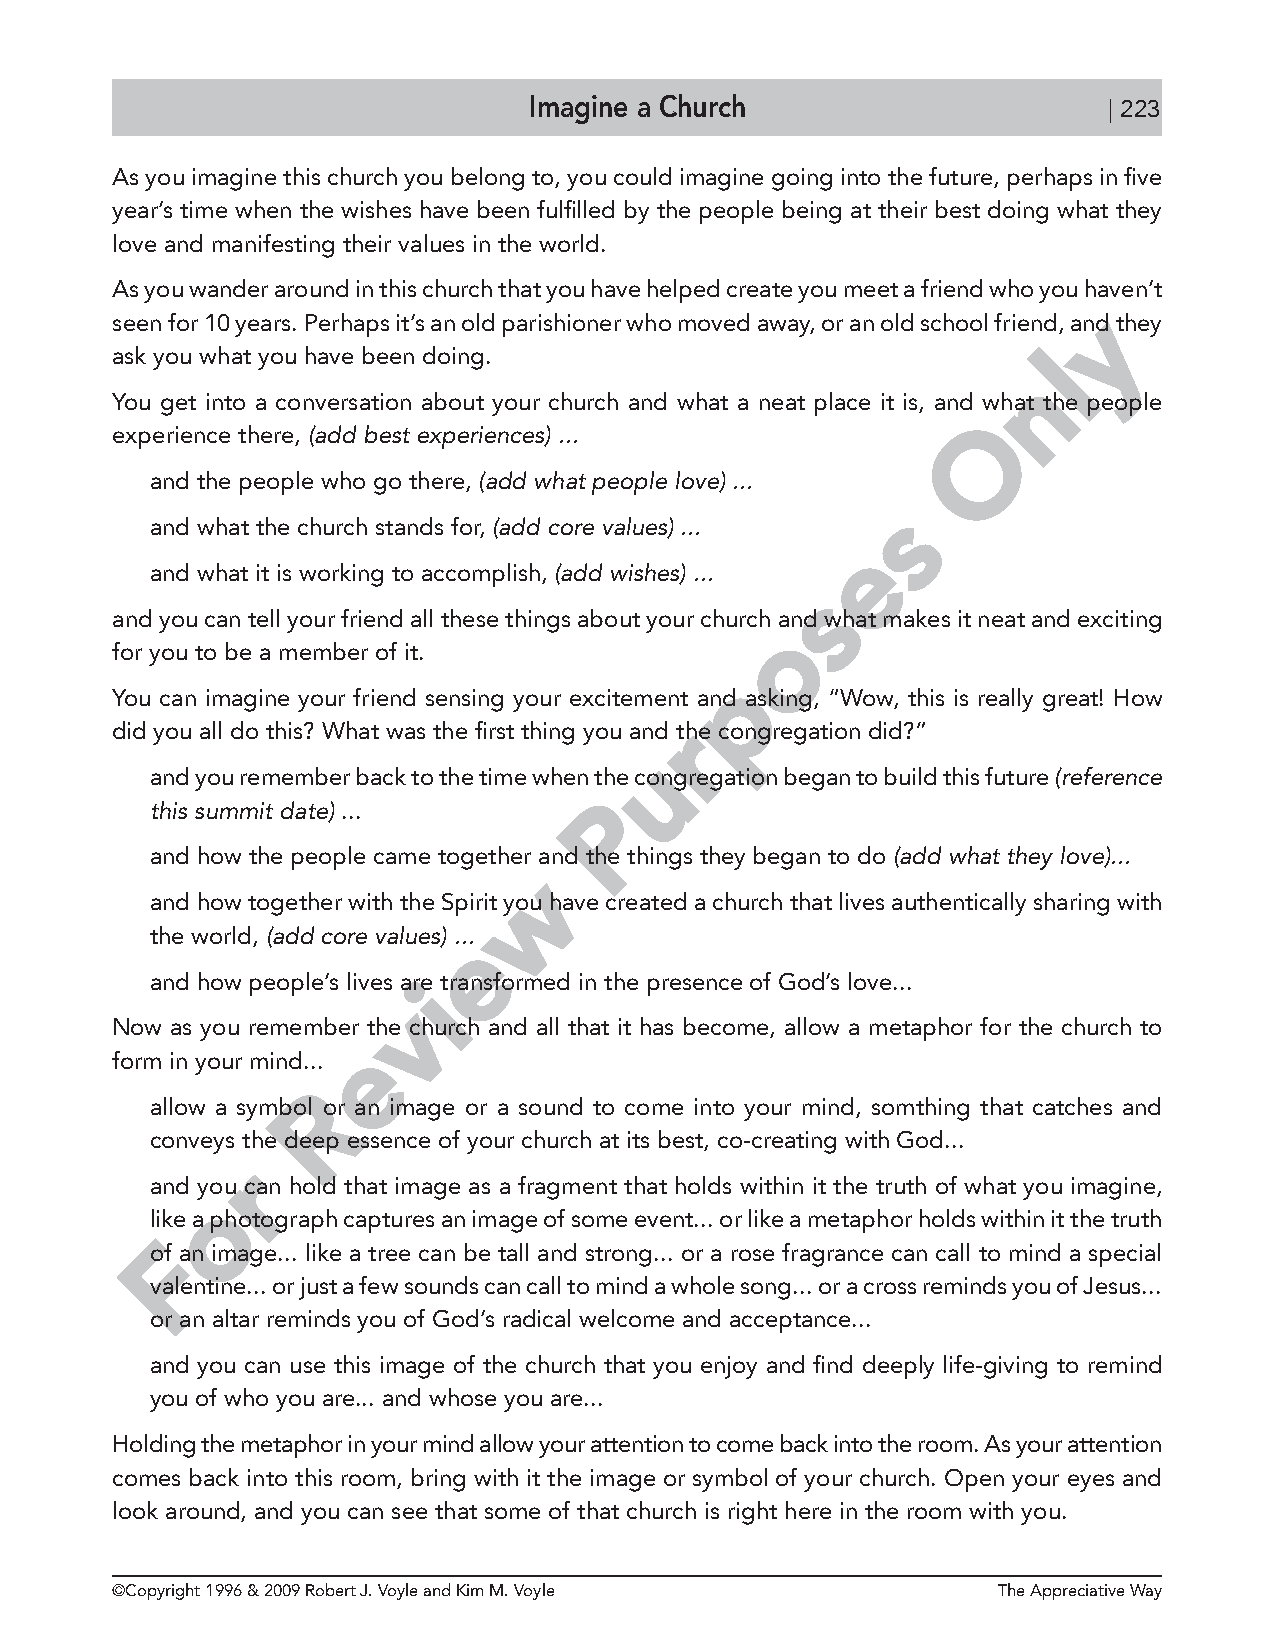
Imagine a Church                      | 223
 As you imagine this church you belong to, you could imagine going into the future, perhaps in five
 year’s time when the wishes have been fulfilled by the people being at their best doing what they
 love and manifesting their values in the world.
 As you wander around in this church that you have helped create you meet a friend who you haven’t
 y
 seen for 10 years. Perhaps it’s an old parishioner who moved away, or an old school friend, and they
 ask you what you have been doing.                             l
 n
 You get into a conversation about your church and what a neat place it is, and what the people
 O
 experience there, (add best experiences) ...
 and the people who go there, (add what people love) ...
 s
 and what the church stands for, (add core values) ...
 e
 and what it is working to accomplish, (add wishes) ...
 s
 and you can tell your friend all these things about your church and what makes it neat and exciting
 o
 for you to be a member of it.
 p
 You can imagine your friend sensing your excitement and asking, “Wow, this is really great! How
 did you all do this? What was the first thing you and rthe congregation did?”
 u
 and you remember back to the time when the congregation began to build this future (reference
 P
 this summit date) ...
 and how the people came together a nd the things they began to do (add what they love)...
 w
 and how together with the Spirit you have created a church that lives authentically sharing with
 the world, (add core values) ..e.
 and how people’s lives arie transformed in the presence of God’s love...
 v
 Now as you remember the church and all that it has become, allow a metaphor for the church to
 e
 form in your mind...
 R
 allow a symbol or an image or a sound to come into your mind, somthing that catches and
 conveys th e deep essence of your church at its best, co-creating with God...
 r
 and you can hold that image as a fragment that holds within it the truth of what you imagine,
 o
 like a photograph captures an image of some event... or like a metaphor holds within it the truth
 F
 of an image... like a tree can be tall and strong... or a rose fragrance can call to mind a special
 valentine... or just a few sounds can call to mind a whole song... or a cross reminds you of Jesus...
 or an altar reminds you of God’s radical welcome and acceptance...
 and you can use this image of the church that you enjoy and find deeply life-giving to remind
 you of who you are... and whose you are...
 Holding the metaphor in your mind allow your attention to come back into the room. As your attention
 comes back into this room, bring with it the image or symbol of your church. Open your eyes and
 look around, and you can see that some of that church is right here in the room with you.
 ©Copyright 1996 & 2009 Robert J. Voyle and Kim M. Voyle    The Appreciative Way